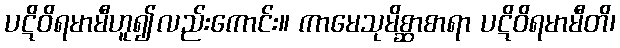
ပဋိဝိရမာမီဟူ၍လည်းကောင်း။ ကာမေသုမိစ္ဆာစာရာ ပဋိဝိရမာမီတိ၊